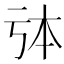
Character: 𠄯